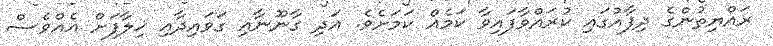
ރައްޔިތުންގެ ދިފާއުގައި ކުރައްވާފައިވާ ކަމެއް ކަމަށެވެ. އަދި ގާނޫނާއި ގަވައިދާއި ޚިލާފަށް އެއްވެސް